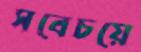
সবেচয়ে